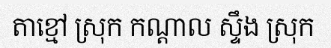
តាខ្មៅ ស្រុក កណ្តាល ស្ទឹង ស្រុក